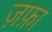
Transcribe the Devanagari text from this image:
ज़फ़ा